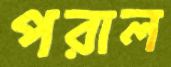
পরাল